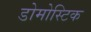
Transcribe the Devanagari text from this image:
डोमोस्टिक